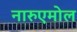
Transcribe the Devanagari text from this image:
नारुएमोल